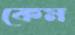
কেম